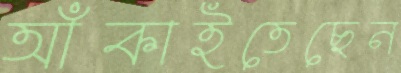
আঁকাইতেছেন